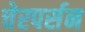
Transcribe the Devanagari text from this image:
चेरपर्सन